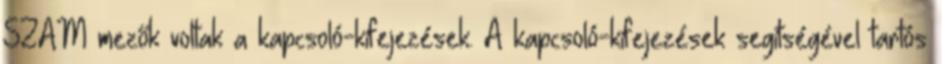
SZAM mezők voltak a kapcsoló-kifejezések. A kapcsoló-kifejezések segítségével tartós